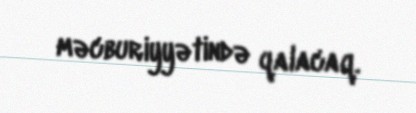
məcburiyyətində qalacaq.